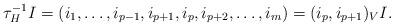
LaTeX: \begin{align*}\tau_H^{-1} I= (i_1, \ldots, i_{p-1}, i_{p+1}, i_{p}, i_{p+2},\ldots, i_m)=(i_p,i_{p+1})_V I.\end{align*}